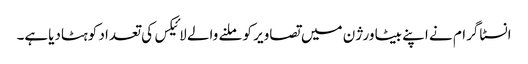
انسٹاگرام نے اپنے بیٹا ورژن میں تصاویر کو ملنے والے لائیکس کی تعداد کوہٹادیاہے۔